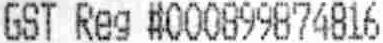
GST REG #000899874816